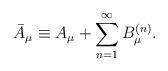
LaTeX: \begin{align*}\bar{A}_{\mu} \equiv A_{\mu} + \sum_{n=1}^{\infty} B_{\mu}^{(n)}.\end{align*}